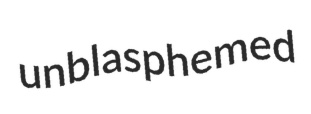
unblasphemed